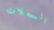
السجلات